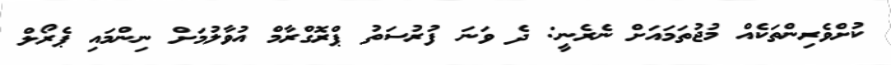
ކުށްވެރިންތަކެއް މުޖުތަމައަށް ނެރެނީ: ދެ ވަނަ ފުރުސަތު ޕްރޮގްރާމް އުވާލުމަށް ނިންމައި ޕެރޯލް